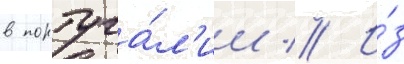
в португа́л'ии // И́з